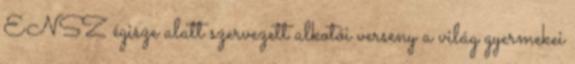
ENSZ égisze alatt szervezett alkotói verseny a világ gyermekei